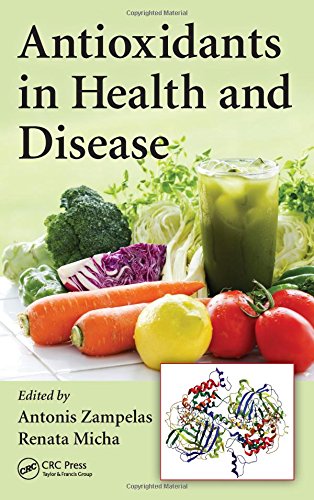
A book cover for Antioxidants in Health and Disease; Health, Fitness & Dieting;